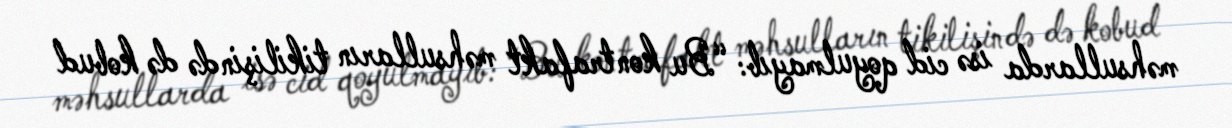
məhsullarda isə cid qoyulmayıb: “Bu kontrafakt məhsulların tikilişində də kobud